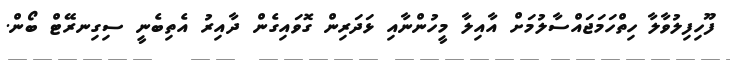
ފޫހިފިލުވާލާ ހިތްހަމަޖައްސާލުމަށް އާއިލާ މީހުންނާއި ޅަދަރިން ގޮވައިގެން ދާއިރު އެތިބެނީ ސިގިނރޭޓް ބޯން.